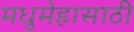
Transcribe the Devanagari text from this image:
मधुमेहासाठी